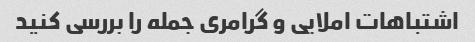
اشتباهات املایی و گرامری جمله را بررسی کنید